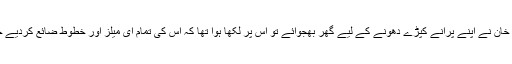
ہمیش خان نے اپنے پُرانے کپڑے دھونے کے لیے گھر بھجوائے تو اُس پر لکھا ہوا تھا کہ اُس کی تمام ای میلز اور خطوط ضائع کردیے جائیں۔